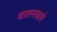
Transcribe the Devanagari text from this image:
बरतनवाले